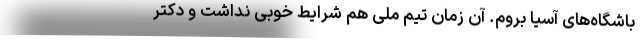
باشگاه‌های آسیا بروم. آن زمان تیم ملی هم شرایط خوبی نداشت و دکتر